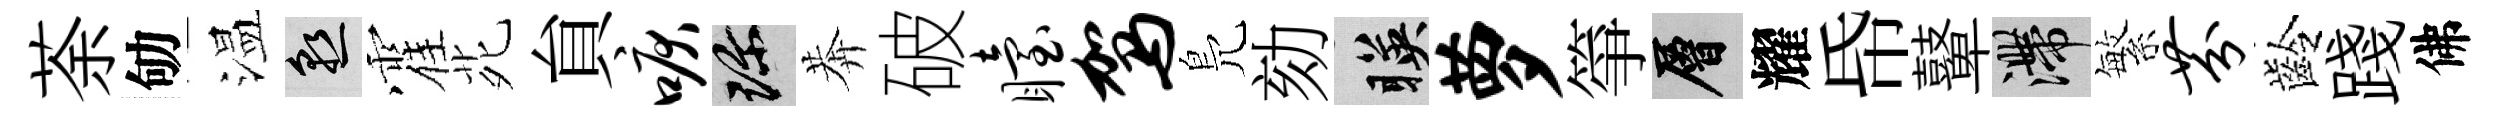
荼劬温熟霍𫟍貟唳珍莾破眙驾鳬劾暎萝箏層耀帋鼙滯繁芬齡踐佛